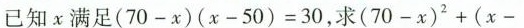
已知x满足$$( 7 0 - x ) ( x - 5 0 ) = 3 0$$，求$$( 7 0 - x ) ^ { 2 } + ( x -